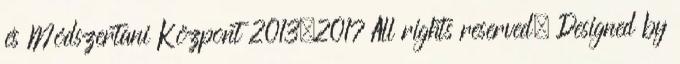
és Módszertani Központ 2013–2017 All rights reserved. Designed by